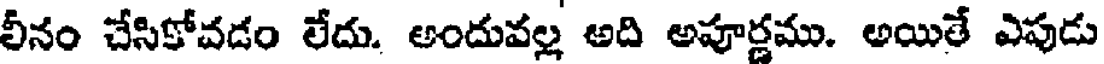
లీనం చేసికోవడం లేదు. అందువల్ల అది అపూర్ణము. అయితే ఎపుడు